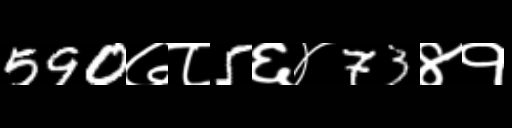
Text: 590७८5६४73४१